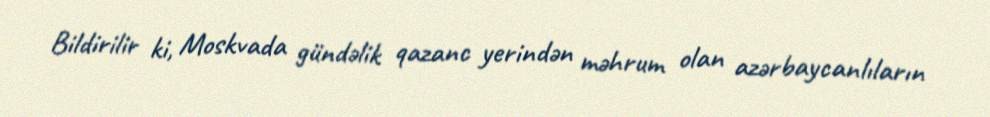
Bildirilir ki, Moskvada gündəlik qazanc yerindən məhrum olan azərbaycanlıların